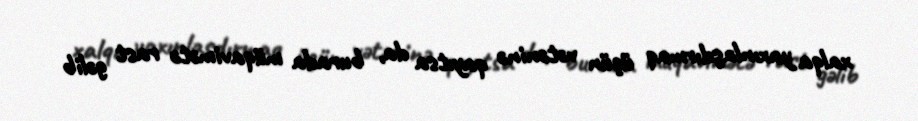
xalqa yaxınlaşdırmaq üçün vətəninə qayıtsa da, burada müqavimətə rast gəlib